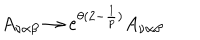
LaTeX: A _ { \nu \alpha \beta } \rightarrow e ^ { \theta ( 2 - \frac { 1 } { p } ) } A _ { \nu \alpha \beta }